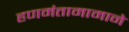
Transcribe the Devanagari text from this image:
हणमंतामामाने